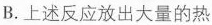
B. 上述反应放出大量的热